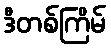
ဒီတစ်ကြိမ်